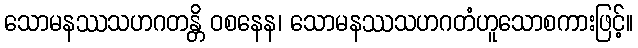
သောမနဿသဟဂတန္တိ ဝစနေန၊ သောမနဿသဟဂတံဟူသောစကားဖြင့်။